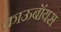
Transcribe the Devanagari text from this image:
काऊबॉयस